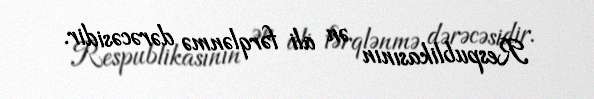
Respublikasının ən ali fərqlənmə dərəcəsidir.